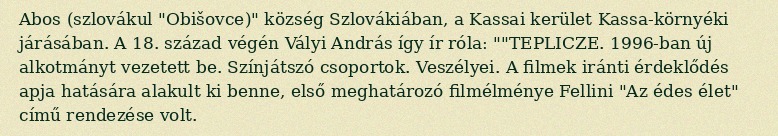
Abos (szlovákul "Obišovce)" község Szlovákiában, a Kassai kerület Kassa-környéki járásában. A 18. század végén Vályi András így ír róla: ""TEPLICZE. 1996-ban új alkotmányt vezetett be. Színjátszó csoportok. Veszélyei. A filmek iránti érdeklődés apja hatására alakult ki benne, első meghatározó filmélménye Fellini "Az édes élet" című rendezése volt.